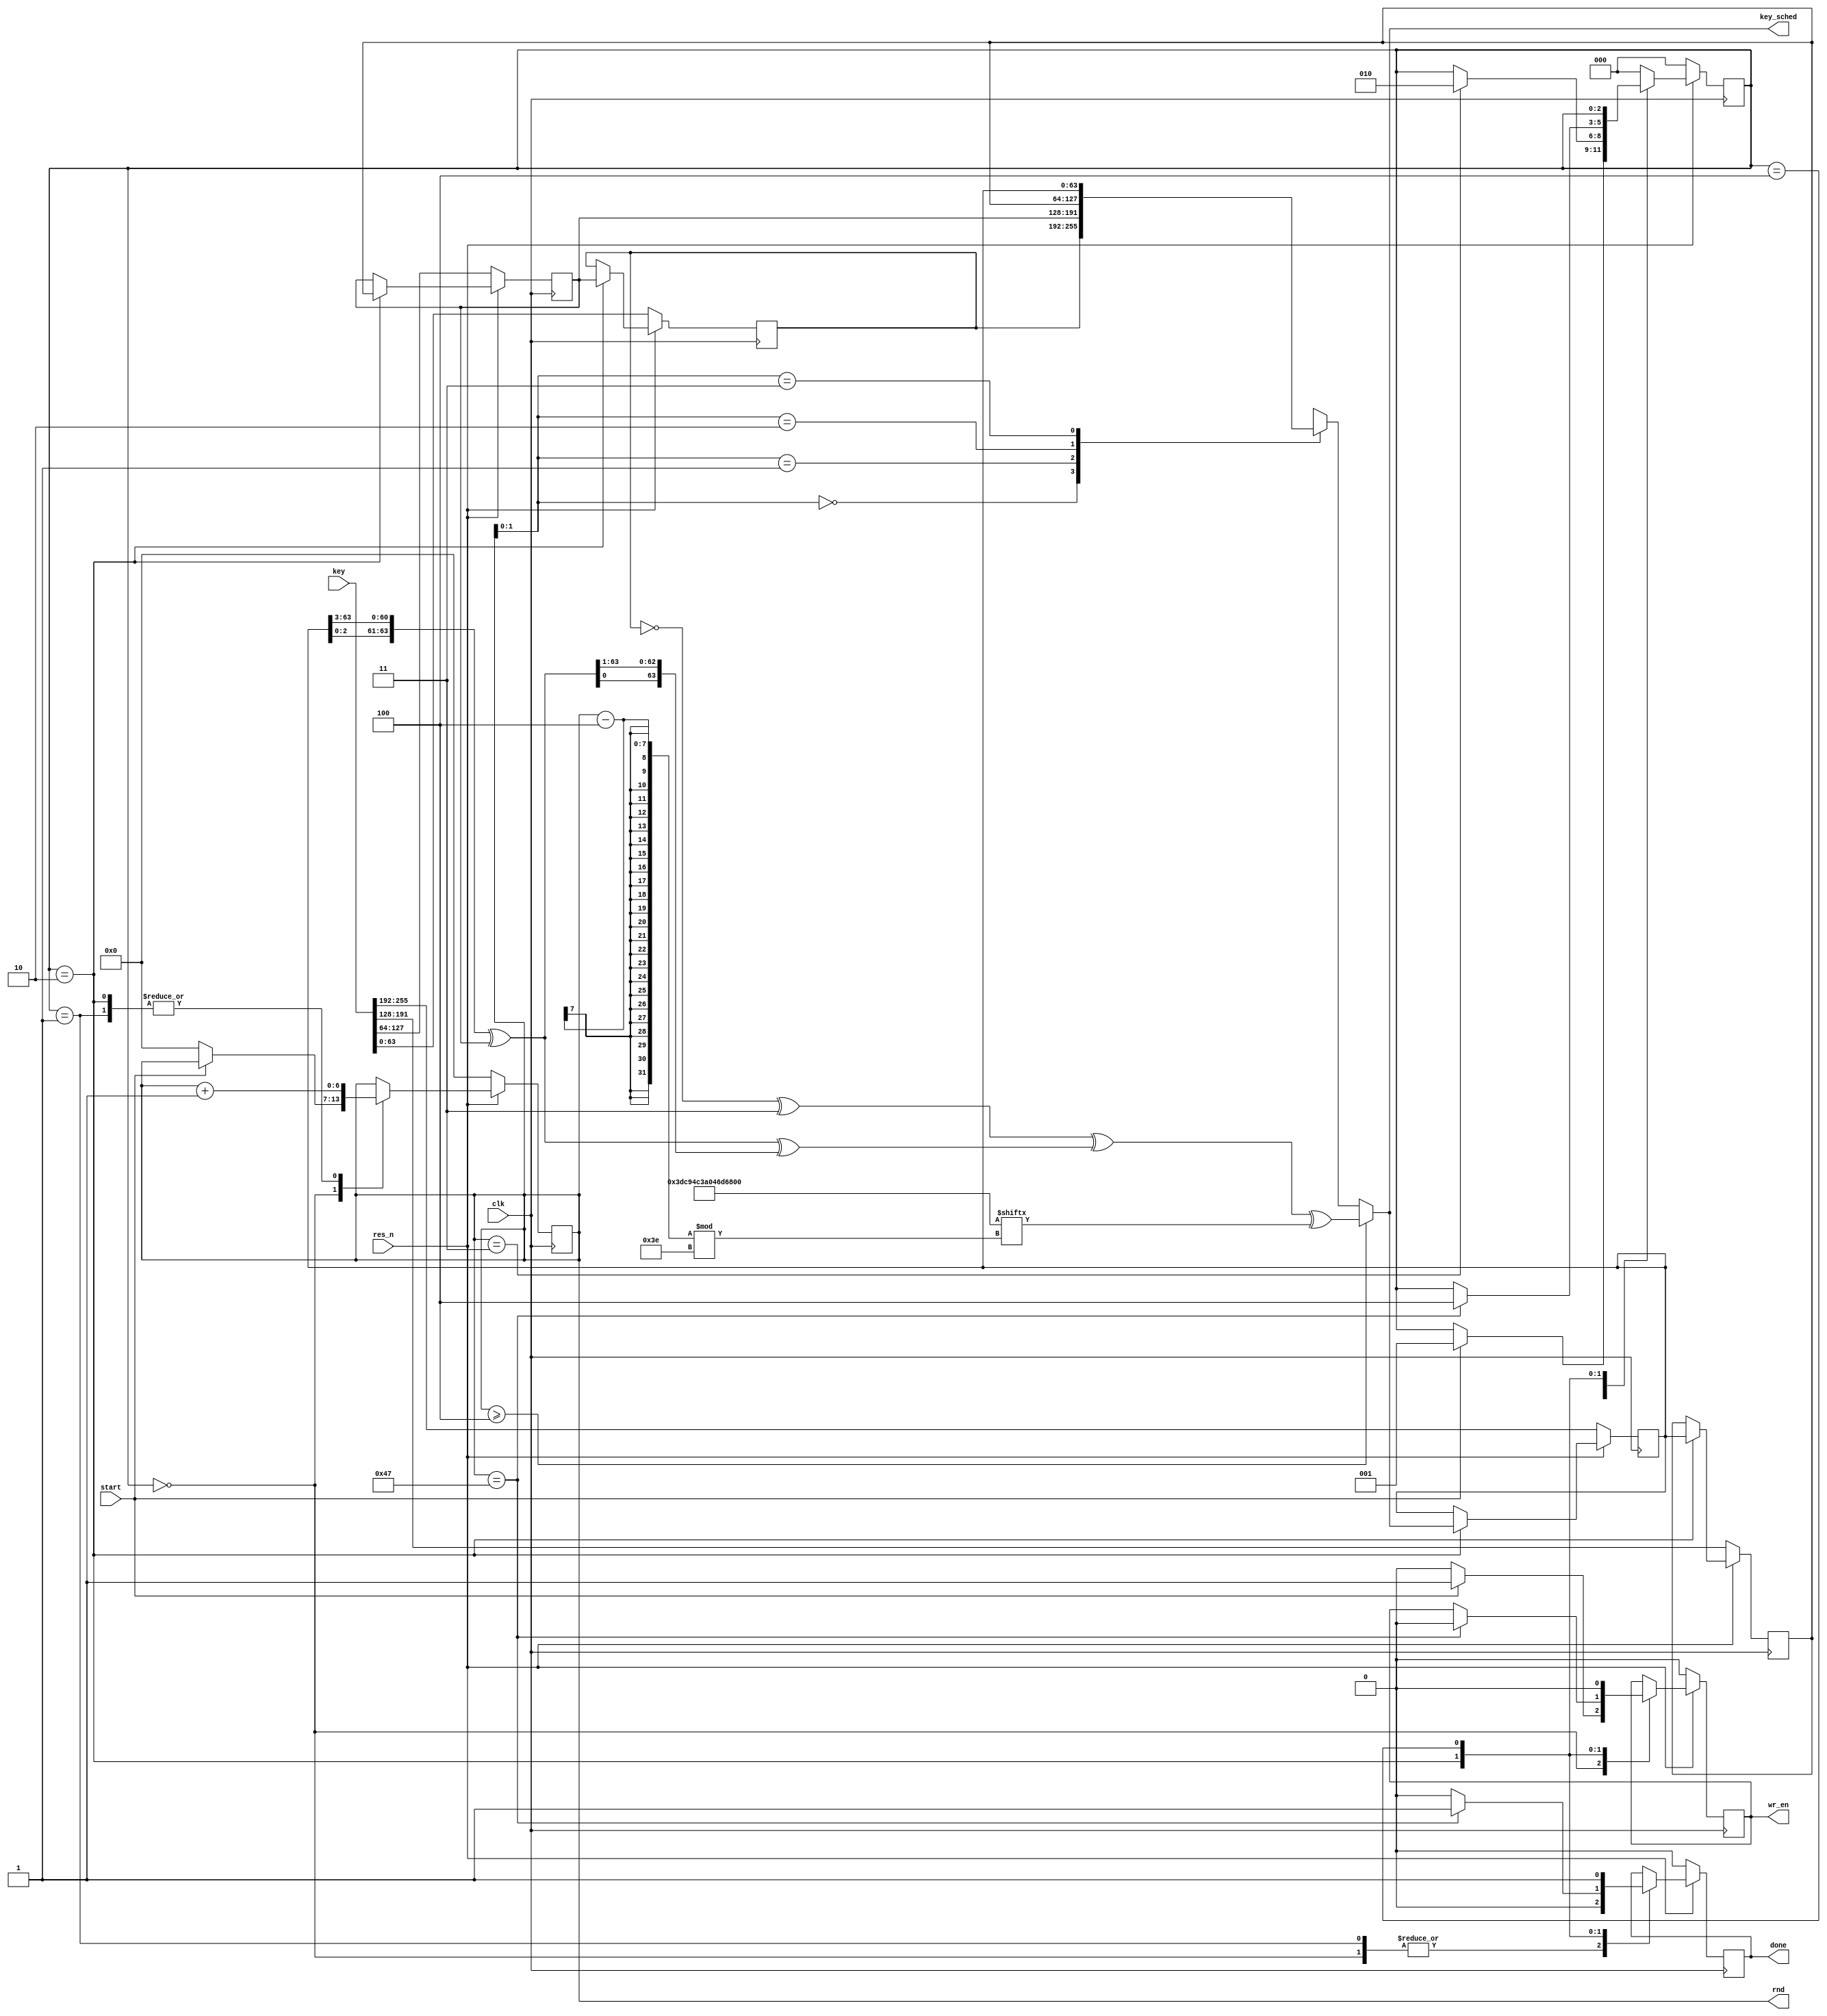
`timescale 1ns / 1ps

module keys(
    input clk,
    input res_n,
    input start,
    input [255:0] key,
    output reg done,
    output reg [63:0] key_sched,
    output reg [6:0] rnd,
    output reg wr_en
    );
    
    reg [2:0] state;
    
    reg [63:0] key_tmp [3:0];
    
    parameter idle = 3'b000; 
    parameter strt = 3'b001; 
    parameter gen = 3'b010;
    parameter fin = 3'b100;
    
    parameter z = 64'h3DC94C3A046D678B;
    
    always @(*)
    begin
        if (rnd >= 4) begin
            key_sched = {key_tmp[3][2:0], key_tmp[3][63:3]};
            key_sched = key_sched ^ key_tmp[1];
            key_sched = key_sched ^ {key_sched[0], key_sched[63:1]};
            key_sched = ~key_tmp[0] ^ 64'h3 ^ key_sched ^ z[(rnd - 4) % 62];
            end
        else
            key_sched = key_tmp[rnd[3:0]];
    end
    
    always @(posedge clk)
    begin
        if (!res_n) begin
            done <= 0;
            wr_en <= 0;
            
            key_tmp[0] <= key[63:0];
            key_tmp[1] <= key[127:64];
            key_tmp[2] <= key[191:128];
            key_tmp[3] <= key[255:192];
            
            rnd <= 0;
            state <= idle;
            
        end
        else
            case (state)
                idle: begin
                    done <= 0;
                    
                    if (start) begin
                        wr_en <= 1;
                        state <= strt;
                        end
                    else begin
                        wr_en <= 0;
                        rnd <= 0;
                        end
                        
                    end
                strt: begin
                    if (rnd == 3) begin
                        state <= gen;
                        end
                        
                    done <= 0;
                    rnd <= rnd + 1;
                    end
                gen: begin
                    // Clean up here
                    key_tmp[3] <= key_sched;
                    key_tmp[2] <= key_tmp[3];
                    key_tmp[1] <= key_tmp[2];
                    key_tmp[0] <= key_tmp[1];
                        
                    rnd <= rnd + 1;
                        
                    if (rnd == 71) begin
                        wr_en <= 0;
                        done <= 1;
                        state <= fin;
                        end
                    else
                        done <= 0;
                    end
                fin: begin
                    wr_en <= 0;
                    done <= 1;
                    end
                default:
                    state <= idle;
            endcase 
    end
endmodule